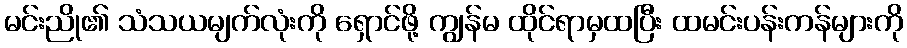
မင်းညို၏ သံသယမျက်လုံးကို ရှောင်ဖို့ ကျွန်မ ထိုင်ရာမှထပြီး ထမင်းပန်းကန်များကို